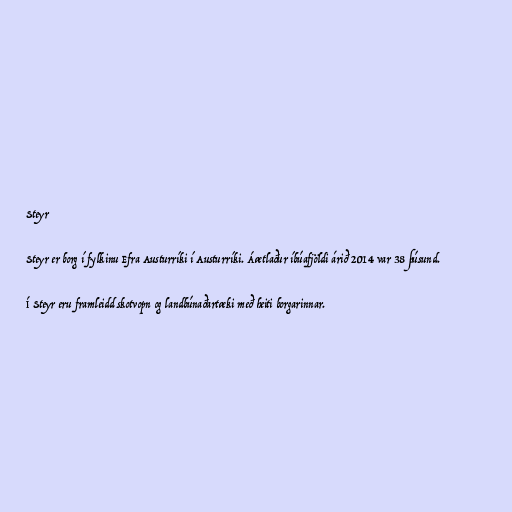
Steyr

Steyr er borg í fylkinu Efra Austurríki í Austurríki. Áætlaður íbúafjöldi árið 2014 var 38 þúsund.

Í Steyr eru framleidd skotvopn og landbúnaðartæki með heiti borgarinnar.